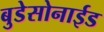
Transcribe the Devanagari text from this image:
बुडेसोनाईड